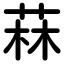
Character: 菻